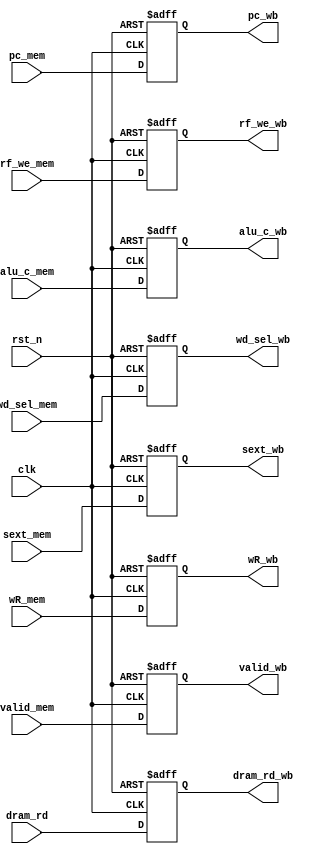
`timescale 1ns / 1ps
//////////////////////////////////////////////////////////////////////////////////
// Company: 
// Engineer: 
// 
// Design Name: 
// Module Name: MEM_WB_reg
// Project Name: 
// Target Devices: 
// Tool Versions: 
// Description: 
// 
// Dependencies: 
// 
// Revision:
// Revision 0.01 - File Created
// Additional Comments:
// 
//////////////////////////////////////////////////////////////////////////////////


module MEM_WB_reg(
    input clk,
    input rst_n,
    input rf_we_mem,
    input [1:0] wd_sel_mem,
    input [4:0] wR_mem,
    input [31:0] sext_mem,
    input [31:0] alu_c_mem,
    input [31:0] pc_mem,
    input [31:0] dram_rd,
    input valid_mem,
    output reg rf_we_wb,
    output reg [1:0] wd_sel_wb,
    output reg [4:0] wR_wb,
    output reg [31:0] sext_wb,
    output reg [31:0] alu_c_wb,
    output reg [31:0] pc_wb,
    output reg [31:0] dram_rd_wb,
    output reg valid_wb
    );
    
    always @ (posedge clk or negedge rst_n) begin    
        if(~rst_n) rf_we_wb <= 1'b0;    
        else       rf_we_wb <= rf_we_mem;    
    end      
    
    always @ (posedge clk or negedge rst_n) begin
        if(~rst_n) wd_sel_wb <= 2'b00;
        else       wd_sel_wb <= wd_sel_mem;
    end      
    
    always @ (posedge clk or negedge rst_n) begin
        if(~rst_n) wR_wb <= 5'b00000;
        else       wR_wb <= wR_mem;
    end      
    
    always @ (posedge clk or negedge rst_n) begin
        if(~rst_n) sext_wb <= 32'h00000000;
        else       sext_wb <= sext_mem;
    end      
    
    always @ (posedge clk or negedge rst_n) begin
        if(~rst_n) alu_c_wb <= 32'h00000000;
        else       alu_c_wb <= alu_c_mem;
    end      
    
    always @ (posedge clk or negedge rst_n) begin
        if(~rst_n) pc_wb <= 32'h0;
        else       pc_wb <= pc_mem;
    end      
    
    always @ (posedge clk or negedge rst_n) begin
        if(~rst_n) dram_rd_wb <= 32'h00000000;
        else       dram_rd_wb <= dram_rd;
    end      
    
    always @ (posedge clk or negedge rst_n) begin
        if(~rst_n)  valid_wb <= 1'b0;
        else       valid_wb <= valid_mem;
    end
    
endmodule